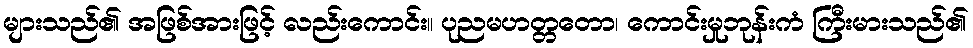
များသည်၏ အဖြစ်အားဖြင့် လည်းကောင်း။ ပုညမဟတ္တတော၊ ကောင်းမှုဘုန်းကံ ကြီးမားသည်၏